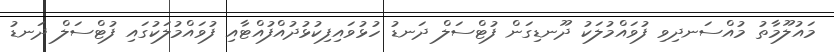
މައުލޫމާތު މުއްސަނދިވި ފުވައްމުލަކު ދޫނޑިގަން ފުޓްސަލް ދަނޑު ހުޅުވައިފިކުޅުދުއްފުއްޓާއި ފުވައްމުލަކުގައި ފުޓްސަލް ދަނޑު